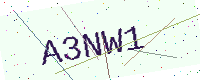
Text: A3NW1